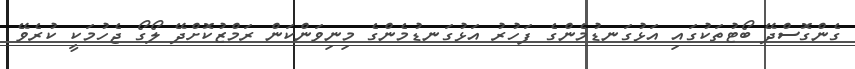
ގެންގޮސްދޭ ބޯޓުތަކުގައި އަޅުގަނޑުމެންގެ ފަހުރު އަޅުގަނޑުމެންގެ މިނިވަންކަން ރަމްޒުކޮށްދޭ ލޯގޯ ޖެހުމަކީ ކުރެވޭ